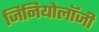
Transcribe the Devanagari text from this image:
जिनियोलॉजी